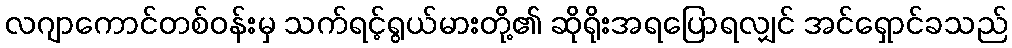
လဂျာကောင်တစ်ဝန်းမှ သက်ရင့်ရွယ်မားတို့၏ ဆိုရိုးအရပြောရလျှင် အင်ရှောင်ခသည်